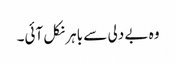
وہ بے دلی سے باہر نکل آئی۔